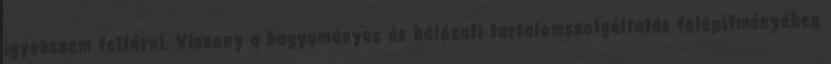
igyekszem feltárni. Viszony a hagyományos és hálózati tartalomszolgáltatás felépítményéhez